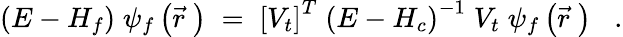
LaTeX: \left(E-H_{f}\right)\; \psi_{f}\left(\vec{r}\; \right)\; =\; \left[V_{t}\right]^{T}\; \left(E-H_{c}\right)^{-1}\; V_{t}\; \psi_{f}\left(\vec{r}\; \right)\; \; \; .